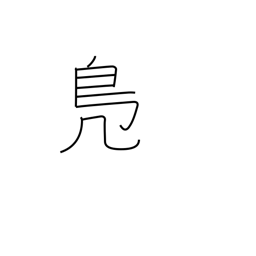
Meaning: wild duck